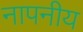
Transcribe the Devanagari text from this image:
नापनीय